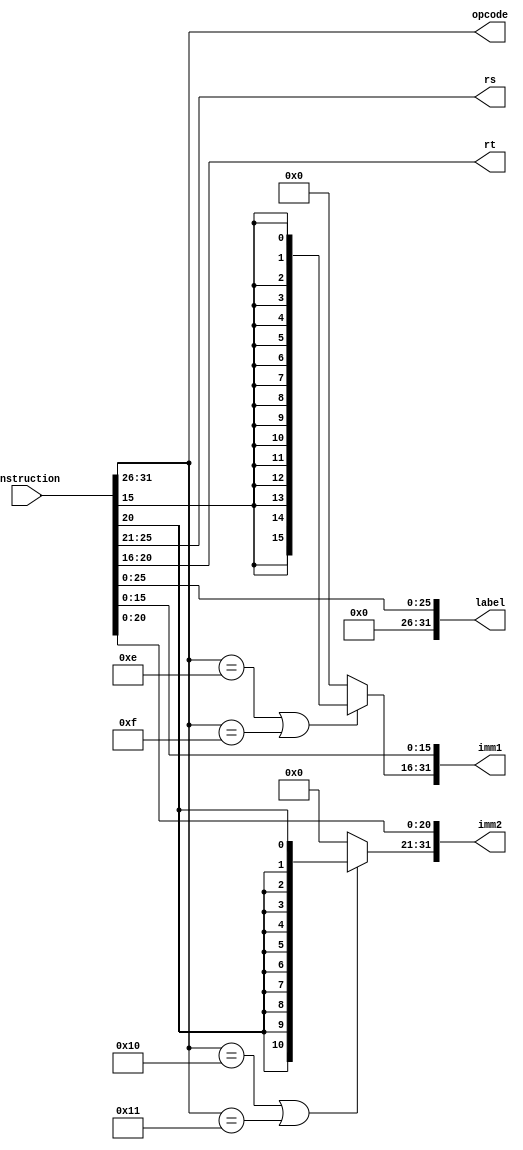
`timescale 1ns / 1ps
//////////////////////////////////////////////////////////////////////////////////
// Company:
// Engineer:
//
// Design Name:
// Module Name:    decoder
// Project Name:
// Target Devices:
// Tool versions:
// Description:
//
// Dependencies:
//
// Revision:
// Revision 0.01 - File Created
// Additional Comments:
//
//////////////////////////////////////////////////////////////////////////////////
module decoder(
input [31:0] instruction,
output reg [5:0] opcode,
output reg [4:0] rs, rt,
output reg [31:0] label, imm1, imm2
    );
always @(*)begin
		opcode <= instruction[31:26];
		rs <= instruction[25:21];
		rt <= instruction[20:16];
		if(instruction[31:26] == 6'b001110 || instruction[31:26] == 6'b001111)begin // store and load word
				imm1[15:0] <= instruction[15:0];
				imm1[31:16] <= {16{instruction[15]}}; // sign extension for lw and sw
		end
		else begin
				imm1[15:0] <= instruction[15:0];  // shift value in r-type instruction
				imm1[31:16] <= 16'd0;
		end

		if(instruction[31:26] == 6'b010000 || instruction[31:26] == 6'b010001)begin // addi and comi
				imm2[20:0] <= instruction[20:0];
				imm2[31:21] <= {11{instruction[20]}};
		end
		else begin
				imm2[20:0] <= instruction[20:0];  // branch L
				imm2[31:21] <= 11'd0;
		end
		label[25:0] <= instruction[25:0];  // label for jump
		label[31:26] <= 6'd0;
end


endmodule

////////////////////////////////////////////////////////////////
//
// input: instruction which is fetched by the instruction Fetch
// output: are the decoded all the required data needed by the
// other module such as ALU (needs rs, rt and imm1, imm2, opcode)
// MEMORY (needs output of ALU which needs this decoding)
// and also BRANCHING needs imm2 and label as the address
//
////////////////////////////////////////////////////////////////